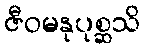
ဇီဝမနုပုစ္ဆသိ